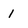
Character: I